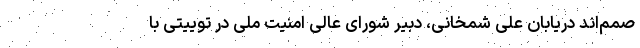
صمم‌اند دریابان علی شمخانی، دبیر شورای عالی امنیت ملی در توییتی با